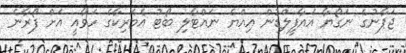
ޖަޕާނުގެ ނަގޯޔާ އެއާފީލްޑުން އިއްޔެ ނައްޓާލި ބޯޓު އެމެރިކާގެ ހަވާއީ އަށް ފޯރާނެ